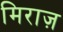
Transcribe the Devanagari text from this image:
मिराज़